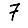
Digit: 7